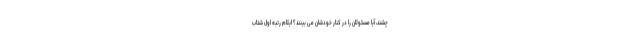
چشند، آیا مسئولان را در کنار خودشان می بینند؟ ایلام رتبه اول شتاب